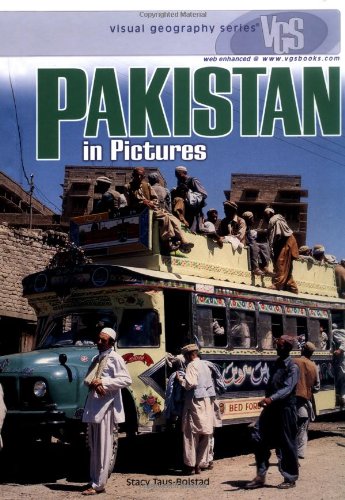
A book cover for Pakistan in Pictures (Visual Geography (Twenty-First Century)); Stacy Taus-Bolstad; Teen & Young Adult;